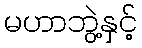
မဟာဘွဲ့နှင့်